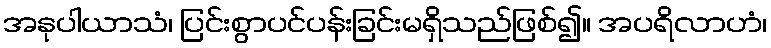
အနုပါယာသံ၊ ပြင်းစွာပင်ပန်းခြင်းမရှိသည်ဖြစ်၍။ အပရိလာဟံ၊